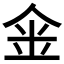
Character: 𠉓